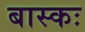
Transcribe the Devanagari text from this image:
बास्कः